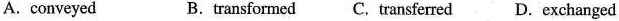
A.conveyed B.transformed C.transferred D. exchanged